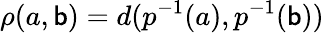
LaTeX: \rho(a,\mathsf{b})=d(p^{-1}(a),p^{-1}(\mathsf{b}))